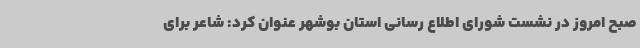
صبح امروز در نشست شورای اطلاع رسانی استان بوشهر عنوان کرد: شاعر برای